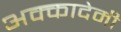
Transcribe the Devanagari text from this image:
अक्कादेमी